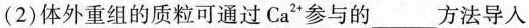
(2)体外重组的质粒可通过Ca^{2+}参与的___方法导入